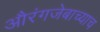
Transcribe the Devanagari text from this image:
औरंगजेबाच्याच